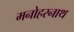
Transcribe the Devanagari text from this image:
मनोहरनाथ